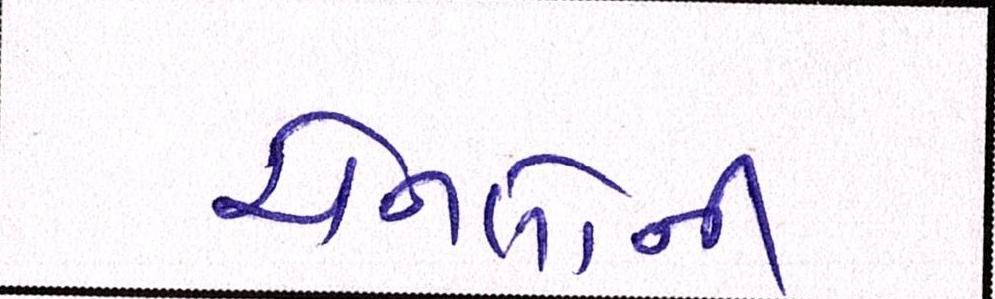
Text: ચેનલોની